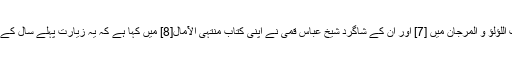
محدث نوری نے اپنی کتاب اللؤلؤ و المرجان میں [7] اور ان کے شاگرد شیخ عباس قمی نے اپنی کتاب منتہی الآمال[8] میں کہا ہے کہ یہ زیارت پہلے سال کے دوران انجام نہيں پائی ہے۔